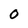
Character: 0